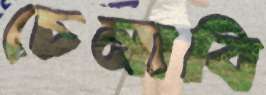
চেনাবি